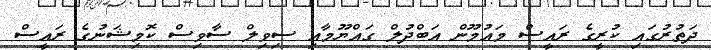
ދަތުރުގައި ކުރީގެ ރައީސް މައުމޫން އަބްދުލް ގައްޔޫމާއި ސިވިލް ސާވިސް ކޮމިޝަނުގެ ރައީސް